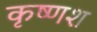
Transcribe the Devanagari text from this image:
कृष्णश